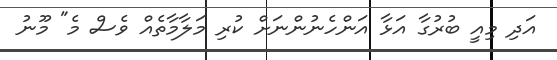
އަދި މިއީ ބުރުގާ އަޅާ އަންހެނުންނަށް ކުރި މަލާމާތެއް ވެސް މެ" މޫނު